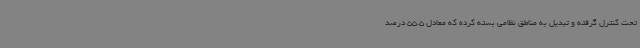
تحت کنترل گرفته و تبدیل به مناطق نظامی بسته کرده که معادل 55.5 درصد